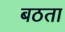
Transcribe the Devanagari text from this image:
बठता